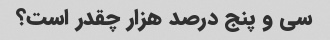
سی و پنج درصد هزار چقدر است؟